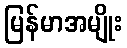
မြန်မာအမျိုး